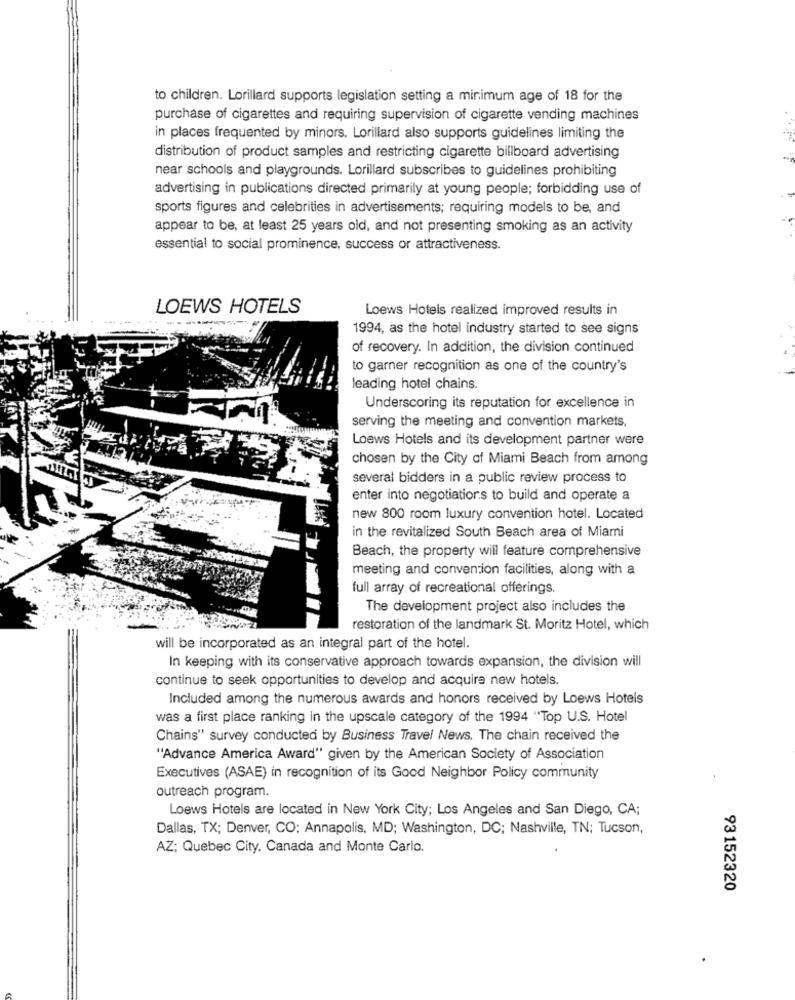
to children. Lorillard supports legislation setting a minimum age of 18 for the
purchase of cigarettes and requiring supervision of cigarette vending machines
in places frequented by minors. Lorillard also supports guidelines limiting the
distribution of product samples and restricting cigarette billboard advertising
near schools and playgrounds. Lorillard subscribes to guidelines prohibiting
advertising in publications directed primarily at young people; forbidding use of
sports figures and celebrities in advertisements; requiring models to be, and
appear to be, at least 25 years old, and not presenting smoking as an activity
essential to social prominence, success or attractiveness.
LOEWS HOTELS
Loews Hotels realized improved results in
1994, as the hotel industry started to see signs
of recovery. In addition, the division continued
to garner recognition as one of the country's
leading hotel chains.
Underscoring its reputation for excellence in
serving the meeting and convention markets,
Loews Hotels and its development partner were
chosen by the City of Miami Beach from among
several bidders in a public review process to
enter into negotiations to build and operate a
new 800 room luxury convention hotel. Located
in the revitalized South Beach area of Miami
Beach, the property will feature comprehensive
meeting and convention facilities, along with a
full array of recreational offerings
The development project also includes the
restoration of the landmark St. Moritz Hotel, which
will be incorporated as an integral part of the hotel.
In keeping with its conservative approach towards expansion, the division will
continue to seek opportunities to develop and acquire new hotels.
Included among the numerous awards and honors received by Loews Hotels
was a first place ranking in the upscale category of the 1994 "Top U.S. Hotel
Chains" survey conducted by Business Travel News. The chain received the
"Advance America Award" given by the American Society of Association
Executives (ASAE) in recognition of its Good Neighbor Policy community
outreach program.
Loews Hotels are located in New York City; Los Angeles and San Diego, CA;
Dallas, TX; Denver, CO; Annapolis, MD; Washington, DC; Nashville, TN; Tucson,
AZ; Quebec City, Canada and Monte Carlo.
93 152320